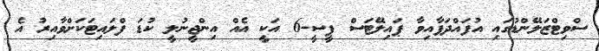
ސްވިޓްޒަލޭންޑުގައި އުފައްދަފާއިވާ ޕައިލޭޓަސް ޕީސީ-6 އަކީ އެއް އިންޖީނުލީ ކުޑަ ފްލައިޓަކަށްވާއިރު އެ